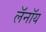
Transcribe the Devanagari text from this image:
लॅनॉय